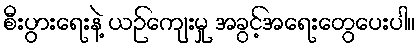
စီးပွားရေးနဲ့ ယဉ်ကျေးမှု အခွင့်အရေးတွေပေးပါ။